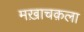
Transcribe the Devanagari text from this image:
मख़ाचक़ला